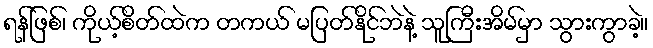
ရန်ဖြစ်၊ ကိုယ့်စိတ်ထဲက တကယ် မပြတ်နိုင်ဘဲနဲ့ သူကြီးအိမ်မှာ သွားကွာခဲ့။